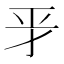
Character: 𢀝